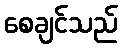
စေချင်သည်